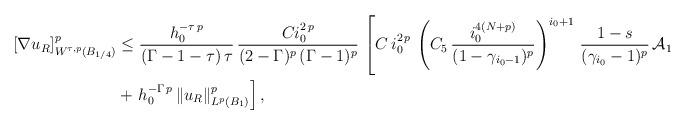
LaTeX: \begin{align*}[\nabla u_R]^p_{W^{\tau,p}(B_{1/4})}&\le\frac{h_0^{-\tau\,p}}{(\Gamma-1-\tau)\,\tau}\, \frac{Ci_0^{2\,p}}{(2-\Gamma)^p\,(\Gamma-1)^p}\,\left[C\,i_0^{2\,p}\,\left(C_5\,\frac{i_0^{4(N+p)}}{(1-\gamma_{i_0-1})^p}\right)^{i_0+1}\,\frac{1-s}{(\gamma_{i_0}-1)^p}\,\mathcal{A}_1\right.\\&+\left.h_0^{-\Gamma\,p}\,\|u_R\|^p_{L^p(B_1)}\right],\end{align*}